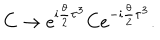
C \rightarrow e ^ { \mathrm { i } { \frac { \theta } { 2 } } \tau ^ { 3 } } C e ^ { - \mathrm { i } { \frac { \theta } { 2 } } \tau ^ { 3 } } .